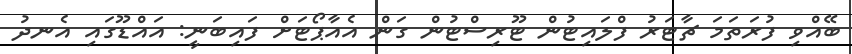
ބޭއްވި ފުރަތަމަ ޗާޓަރު ފްލައިޓުން ޓޫރިސްޓުން ގަން އެއާޕޯޓަށް ފައިބަނީ: އައްޑޫގައި އެނދު